Burma Government Medical School reports 1907-22
Year: 1907
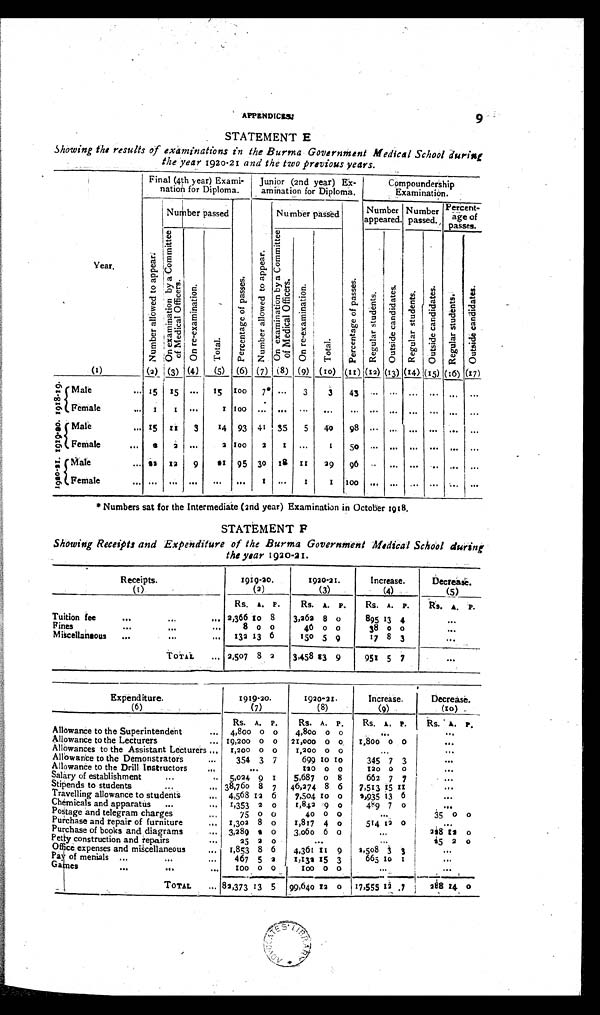
APPENDICES.
STATEMENT E
Showing the results of examinations in the Burma Government Medical School during
the year 1920-21 and the two previous years.
Year.
Final (4th year) Exami-
nation for Diploma.
Junior (2nd year)Ex-
amination for Diploma.
Compoundership
Examination.
Number passed
Number passed
Number
appeared.
Number
passed.
Percent-
age of
passes.
N u m b e r a l l o w e d t o a p p e a r .
O n e x a m i n a t i o n b y a C o m m i 9 t t e e o f M e d i c a l O f f i c e r s .
O n r e - e x a m i n a t i o n .
Tot a l .
P e r c e n t a g e o f p a s s e s .
N u m b e r a l l o w e d t o a p p e a r .
O n e x a m i n a t i o n b y a C o m m i t t e e o f M e d i c a l O f f i c e r s .
O n r e - e x a m i n a t i o n .
Total.
P e r c e n t a g e o f p a s s e s .
R e g u l a r s t u d e n t s .
O u t s i d e c a n d i a t e s .
R e g u l a r s t u d e n t s . O u t s i d e c a n d i d a t e s .
R e g u l a r s t u d e n t s .
O u t s i d e c a n d i d a t e s .
(1)
(2) (3) (4)
(5)
(6) (7) (8) (9) (10) (11) (12) (13) (14) (15) (16) (17)
1918- 19.
Ma l e . . .
1 5 15 ...
1 5 100
7* ...
3
3 43 ...
... ...
...
...
...
Female
...
1
1
. . .
1
1 0 0
...
...
...
...
...
...
...
...
...
...
...
1919- 20. Male
... 15
1 1
3
14 93 41
35
5
40
98 ... ...
...
...
...
...
Female
. . .
2
2
. . .
2
1 0 0 2
1
...
1
50 ... ...
...
...
...
...
1920-21.
Ma l e . . .
3 2 12
9
9 1 95 30
1 8
1 1
29
96
... ...
...
...
...
...
Female
...
...
...
...
... ...
1
...
1
1
1 0 0
...
...
...
...
...
...
* Numbers sat for the Intermediate (2nd year) Examination in October 1918,
STATEMENT F
Showing Receipts and Expenditure of the Burma Government Medical School during
the year 1920-21.
Receipts.
(1)
1919-20.
(2)
1920-21.
(3)
Increase.
(4)
Decrease.
(5)
Rs. A. P.
Rs. A. P.
Rs. A. P.
Rs. A.
P.
Tuition fee
...
...
...
2,366 10 8
3,262 8
0
895 13 4
...
Fines
... ... ...
8 0 0
46 0 0
38 0 0
...
Miscellaneous
...
...
...
132 13 6
150
3,458
5
13
9
9
17 8 3
...
TOTAL ... 2,507 8 2
951 5 7
...
Expenditure.
(6)
1919-20.
(7)
1920-21.
(8)
Increase.
(9)
Decrease.
(10)
Rs. A. P.
Rs. A. P.
Rs. A. P.
Rs. A. P.
Allowance to the Superintendent
...
4,800 0 0
4,800 0 0 ...
...
Allowance to the Lecturers
... 19,200
0
0
21,000 0
0
1,800
0 0
...
Allowances to the Assistant Lecturers
...
1,200 0 0
1,200 0 0
...
...
Allowance to the Demonstrators
...
3 5 4 3 7
699
1 0
1 0
345 7 3
...
Allowance to the Drill Instructors
...
...
1 2 0 0 0
120 0 0
...
Salary of establishment
...
...
5,024
9
1
5,687
0 8
662 7 7
...
Stipends to students
...
... 38,760 8 7
46,274 8 6
7,513 15
1 1
...
Travelling allowance to students
. . . 4,568 12 6
7,504
1 0
0
1,935 13 6
...
Chemicals and apparatus
...
...
1,353 2 0
1,842 9 0
489 7 0
...
Postage and telegram charges
. . .
75 0 0
40 0 0
...
35 0 0
Purchase and repair of furniture
... 1,302 8 0
1,817 4 0
514 12 0
...
Purchase of books and diagrams
. . . 3,289
2 0
3,060 6
0
...
228
1 2 0
Petty construction and repairs
...
25 2 0
...
...
25 2 0
Office expenses and miscellaneous
...
1,853 8 6
4,361 11 9
2,508
3 3
...
Pay of menials ... ... ...
467 5 2
1,132 15 3
665
1 0 1
...
Games
...
. . .
100 0 0
100 0 0
...
...
TOTAL
... 82,373 13 5
99,640 12 0
17,555 12 7
288 14 0